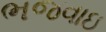
ભજવાઇ